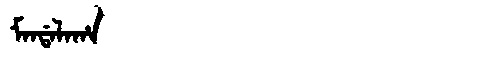
Manchu: ᠮᠠᠨᡩᠠᠯᠠᡥᠠ
Romanization: MANDALAHA